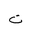
Letter: _ta